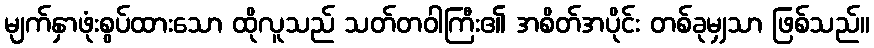
မျက်နှာဖုံးစွပ်ထားသော ထိုလူသည် သတ်တဝါကြီး၏ အစိတ်အပိုင်း တစ်ခုမျှသာ ဖြစ်သည်။